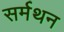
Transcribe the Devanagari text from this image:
सर्मथन